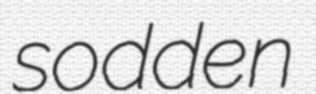
sodden